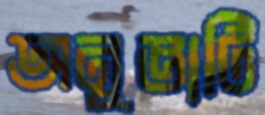
অনুজ্ঞাটি